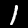
Digit: 1